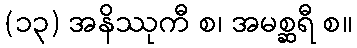
(၁၃) အနိဿုကီ စ၊ အမစ္ဆရီ စ။